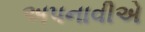
અપનાવીએ